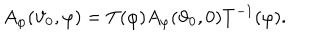
LaTeX: A _ { \varphi } ( \vartheta _ { 0 } , \varphi ) = T ( \varphi ) A _ { \varphi } ( \vartheta _ { 0 } , 0 ) T ^ { - 1 } ( \varphi ) .